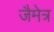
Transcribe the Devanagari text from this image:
जैमेत्र